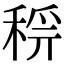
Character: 𥟝